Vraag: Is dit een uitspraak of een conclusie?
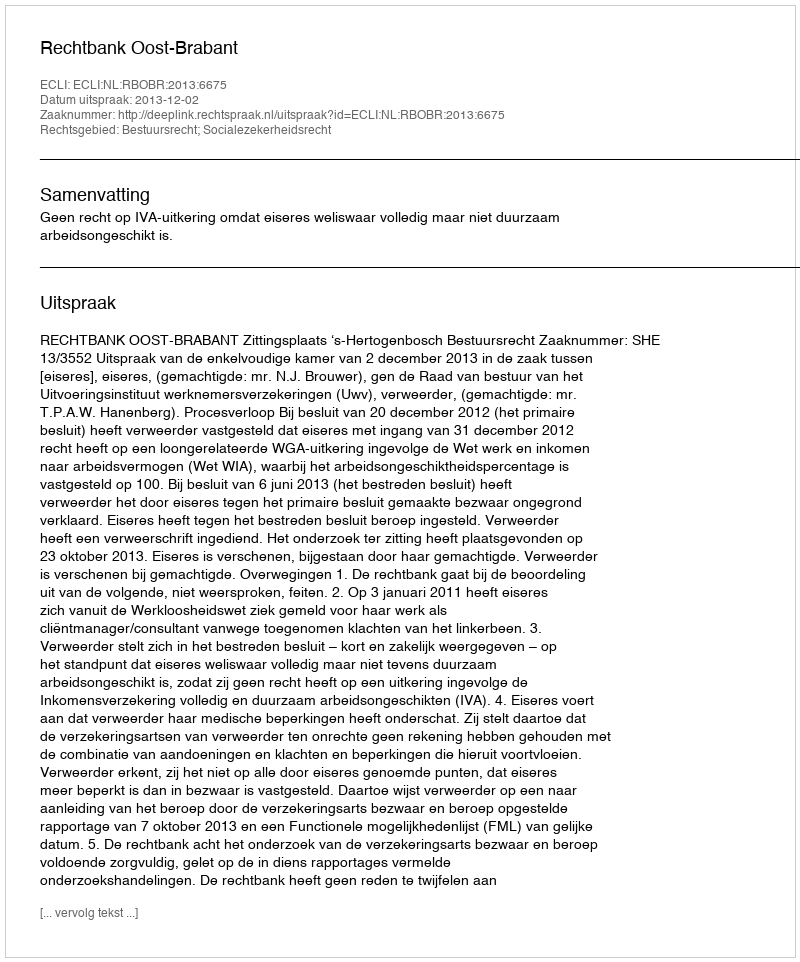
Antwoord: Uitspraak